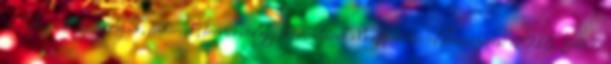
1. Finnek, karjalaiak, inkeriek, torniovölgyiek. renhirek.blogspot.hu. Hozzáférés: 2018. február